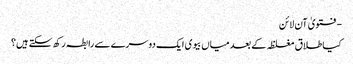
- فتویٰ آن لائن
کیا طلاق مغلظہ کے بعد میاں بیوی ایک دوسرے سے رابطہ رکھ سکتے ہیں؟